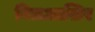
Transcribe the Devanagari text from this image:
बिलआख़िर